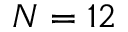
N = 1 2